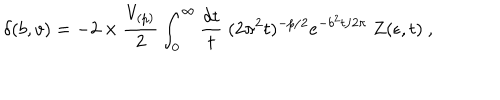
\delta ( b , v ) = - 2 \times { \frac { V _ { ( p ) } } { 2 } } \int _ { 0 } ^ { \infty } { \frac { d t } { t } } \; ( 2 \pi ^ { 2 } t ) ^ { - p / 2 } e ^ { - b ^ { 2 } t / 2 \pi } \ Z ( \epsilon , t ) \ ,